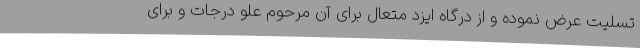
تسلیت عرض نموده و از درگاه ایزد متعال برای آن مرحوم علو درجات و برای